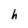
Character: h